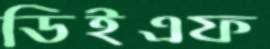
ডিইএফ